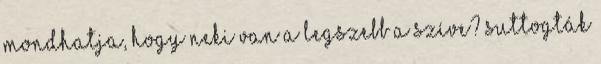
mondhatja, hogy neki van a legszebb a szíve? suttogták